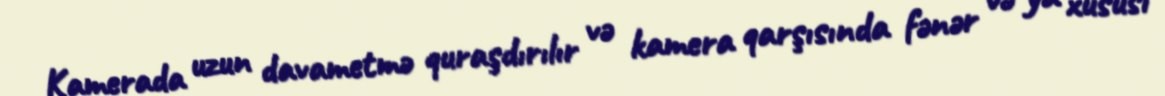
Kamerada uzun davametmə quraşdırılır və kamera qarşısında fənər və ya xüsusi